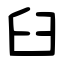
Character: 臼